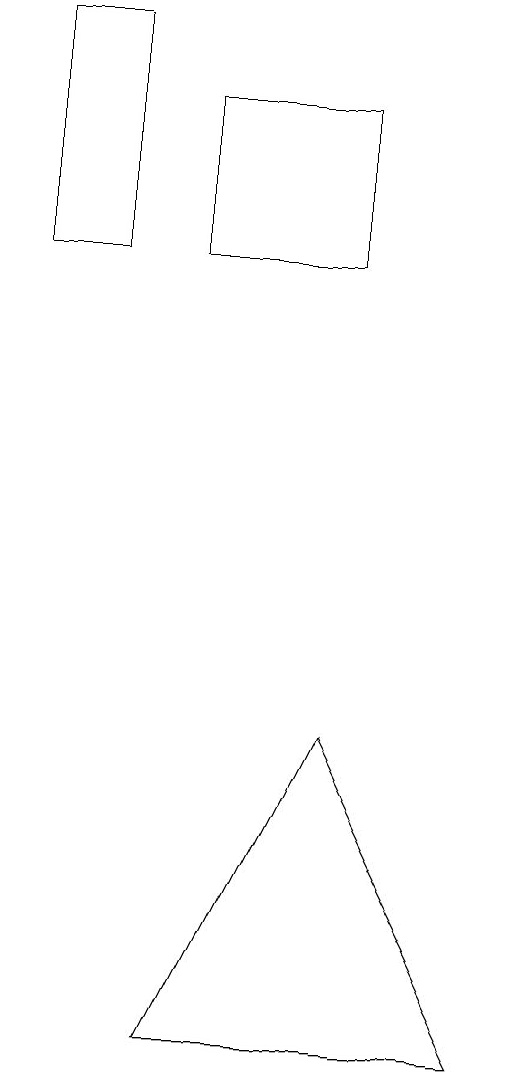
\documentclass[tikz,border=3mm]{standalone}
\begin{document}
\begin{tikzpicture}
\draw (2,17) rectangle (4,15);
\draw (4,9) -- (6,5) -- (2,5) -- cycle;
\draw (1,18) rectangle (0,15);
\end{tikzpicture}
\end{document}